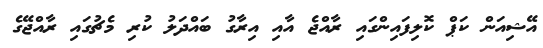
އޭޝިއަން ކަޕް ކޮލިފައިންގައި ރާއްޖެ އާއި އިރާގު ބައްދަލު ކުރި މެޗުގައި ރާއްޖޭގެ